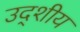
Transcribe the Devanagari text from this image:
उद्शीय